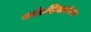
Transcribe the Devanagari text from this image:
पर्वतशिखरांच्या